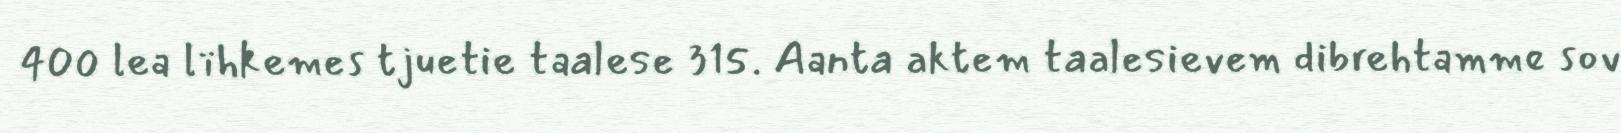
400 lea lïhkemes tjuetie taalese 315. Aanta aktem taalesievem dibrehtamme sov